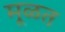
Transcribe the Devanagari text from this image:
मूळत